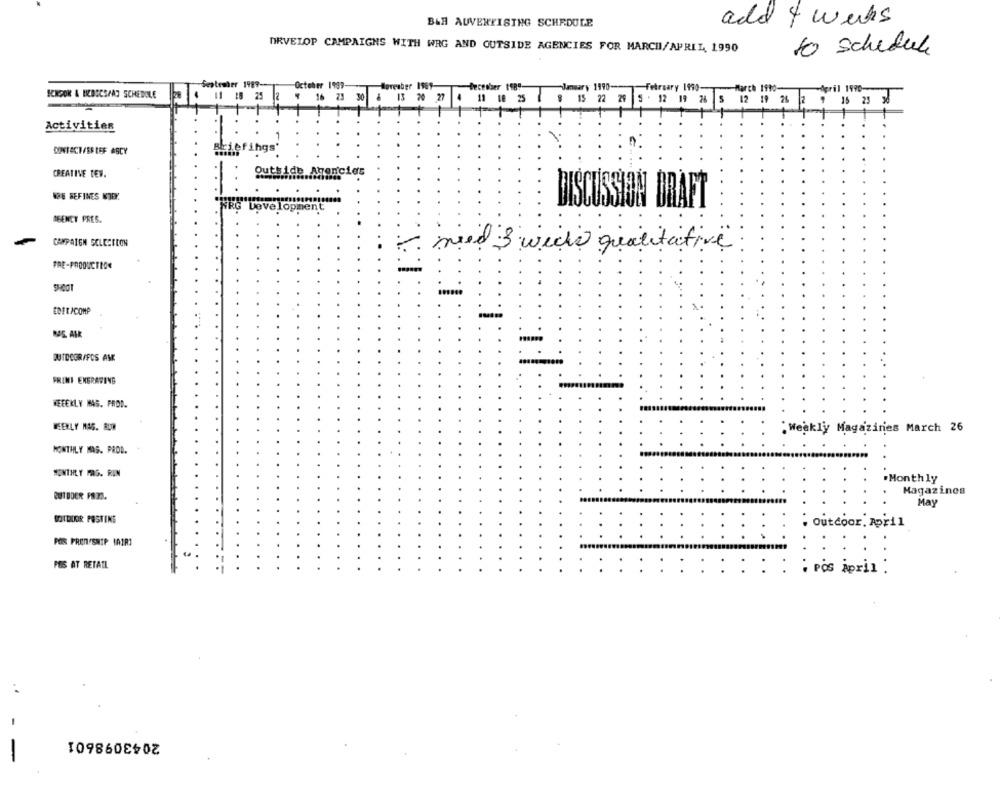
BAR AUVENTISTHG SCHEDULE
add 4 weeks
DRVELOP CAMPAIGNS WITH WRG AND OUTSIDE AGENCIES FOR MARCH/APRIL 1990
to schedule
Sentesher 1989 --
October 1999-
Boreaber 1989
December 198"
January 1990-
February 1990-
March 1990-
April 1990-
SCHOON & BICDOCS/AT SCHEDOLE
11 18 25
12
30
16 23
.
13 20 27
11 18 25
15
22
5 . 12 19 26
S
12 19 28 2 9
15 23
Activities
DOINTACT/ES LEFASCY
Briefings'
CREATIVE TEV.
Outside, Agencies
NOE SEFINES NIEY.
DISCUSSION DRAFT
RG Development
AGENCY PRES.
CAMPAIGN SELECTION
med 3 weeks qualitative
FRE-PRODUCTION
EDETACOMP
BUTDCGRIFOS AME
FRINI ENGRAVING
KEREKLY MAS. PROD.
WEERLY MAG. BUR
:Weekly Magazines March 26
MONTHLY MAS. PROD.
MONTHLY MRG. RIN
.Monthly
Magazines
May
SOTOUKIR POSTING
: :
Outdoor. April
POR PREN/SNIP BAIR1
POS AT RETAIL
POS april :
2043098601